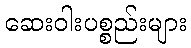
ဆေးဝါးပစ္စည်းများ